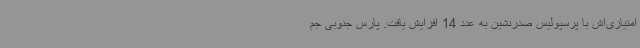
امتیازی‌اش با پرسپولیس صدرنشین به عدد 14 افزایش یافت. پارس جنوبی جم